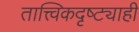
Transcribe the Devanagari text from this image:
तात्त्विकदृष्ट्याही